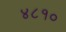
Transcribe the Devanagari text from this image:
४८१०